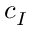
c _ { I }